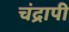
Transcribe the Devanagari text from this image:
चंद्रापी